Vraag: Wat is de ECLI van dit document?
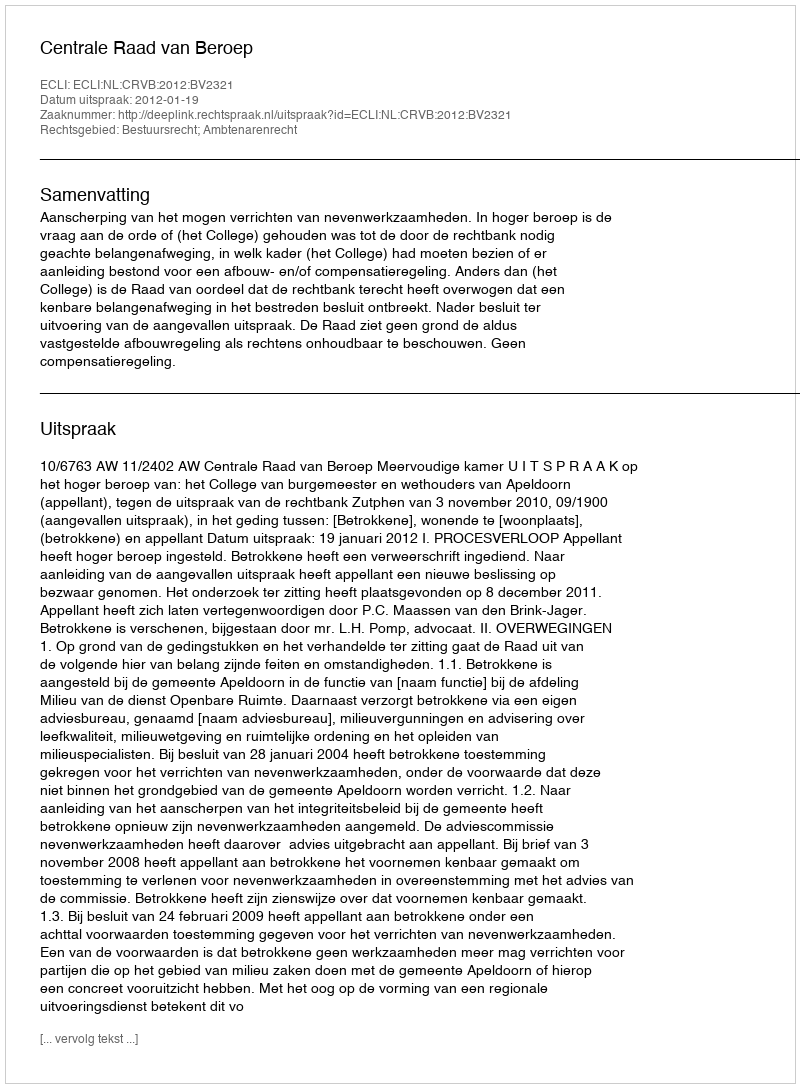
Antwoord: ECLI:NL:CRVB:2012:BV2321